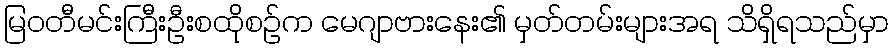
မြဝတီမင်းကြီးဦးစထိုစဉ်က မေဂျာဗားနေး၏ မှတ်တမ်းများအရ သိရှိရသည်မှာ